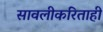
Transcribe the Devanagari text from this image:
सावलीकरिताही